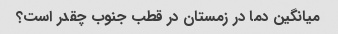
میانگین دما در زمستان در قطب جنوب چقدر است؟